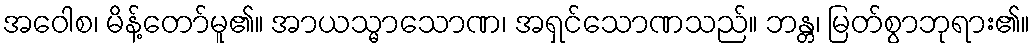
အဝေါစ၊ မိန့်တော်မူ၏။ အာယသ္မာသောဏ၊ အရှင်သောဏသည်။ ဘန္တ၊ မြတ်စွာဘုရား၏။